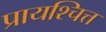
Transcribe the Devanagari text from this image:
प्रायश्‍चित्त